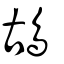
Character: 鴣